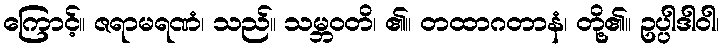
ကြောင့်။ ဇရာမရဏံ၊ သည်။ သမ္ဘဝတိ၊ ၏။ တထာဂတာနံ၊ တို့၏။ ဥပ္ပါဒါဝါ၊